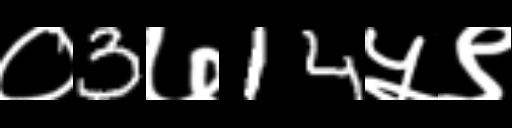
Text: ०3७14५९